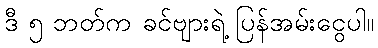
ဒီ ၅ ဘတ်က ခင်ဗျားရဲ့ ပြန်အမ်းငွေပါ။